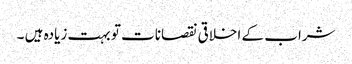
شراب کے اخلاقی نقصانات تو بہت زیادہ ہیں ۔